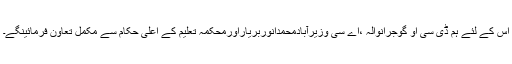
اس کے لئے ہم ڈی سی او گوجرانوالہ ،اے سی وزیرآبادمحمدانوربریاراورمحکمہ تعلیم کے اعلیٰ حکام سے مکمل تعاون فرمائینگے۔